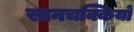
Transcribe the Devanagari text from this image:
सानचक्कियों